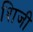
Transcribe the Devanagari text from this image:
शिजी